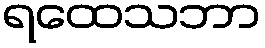
ရထေသဘာ